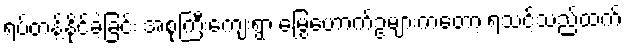
ရပ်တန့်နိုင်ခဲ့ခြင်း အစုကြီးကျေးရွာ မြွေဟောက်ဥများကတော့ ရသင့်သည်ထက်